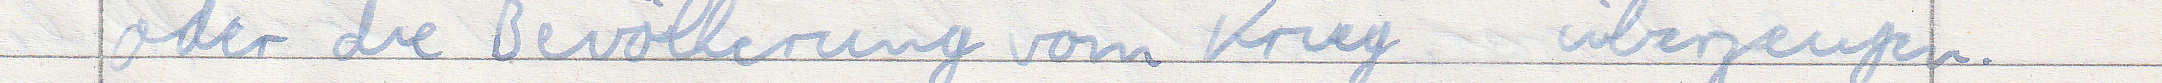
oder die Bevölkerung vom Krieg überzeugen.